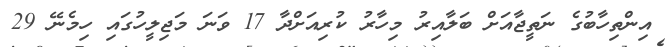
އިންތިހާބުގެ ނަތީޖާއަށް ބަލާއިރު މިހާރު ކުރިއަށްދާ 17 ވަނަ މަޖިލީހުގައި ހިމެނޭ 29